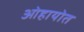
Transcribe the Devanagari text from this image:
ओहायोत